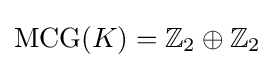
\operatorname {MCG} (K)=\mathbb {Z} _{2}\oplus \mathbb {Z} _{2}